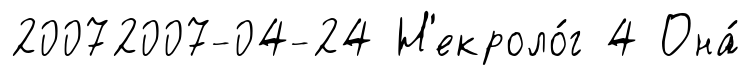
20072007-04-24 Н'екроло́г 4 Она́